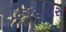
ટિગરાનીસ